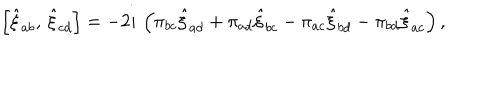
\left[ \hat { \xi } _ { a b } , \, \hat { \xi } _ { c d } \right] = - 2 i \, \left( \pi _ { b c } \hat { \xi } _ { a d } + \pi _ { a d } \hat { \xi } _ { b c } - \pi _ { a c } \hat { \xi } _ { b d } - \pi _ { b d } \hat { \xi } _ { a c } \right) ,